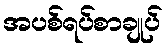
အပစ်ရပ်စာချုပ်